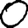
Digit: 0